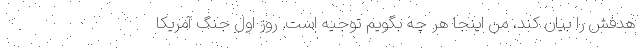
هدفش را بیان کند، من اینجا هر چه بگویم توجیه است. روز اول جنگ آمریکا